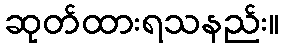
ဆုတ်ထားရသနည်း။